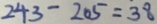
2 4 3 - 2 0 5 = 3 8